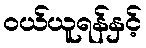
ဝယ်ယူရန်နှင့်